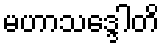
မဟာသဒ္ဒေါတိ